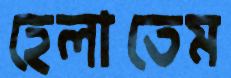
হেলাতেম